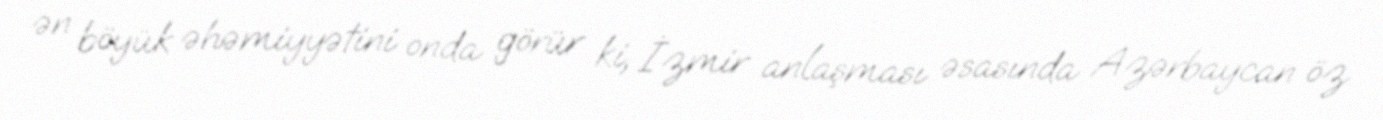
ən böyük əhəmiyyətini onda görür ki, İzmir anlaşması əsasında Azərbaycan öz